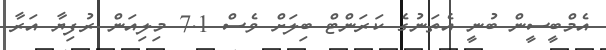
އެމްބީސީން ބުނީ އެތަނުގެ ކަރަންޓް ބިލަށް ވެސް 7.1 މިލިއަން ރުފިޔާ އަރާ